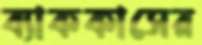
ব্যাককাসের